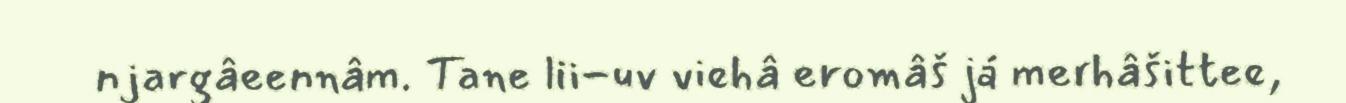
njargâeennâm. Tane lii-uv viehâ eromâš já merhâšittee,